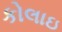
કોલાઇ